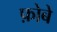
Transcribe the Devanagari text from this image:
फ़ोबे